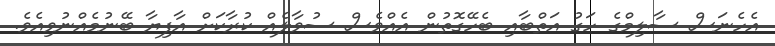
އެހެނަސް ސާލިމްގެ ހަގު އަތްބާއި ބެހޭގޮތުން އެއްވެސް ސުވާލެއް ކުރާކަށް އާފިޔާ ބޭނުމެއްނުވިއެވެ.